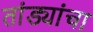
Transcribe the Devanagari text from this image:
तांड्यांचा